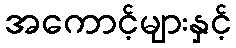
အကောင့်များနှင့်